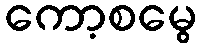
ကော့စမွေ